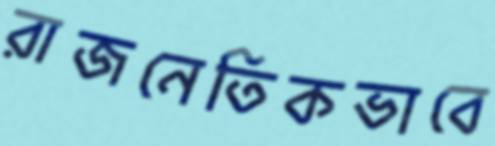
রাজনেতিকভাবে